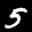
Label: 5